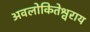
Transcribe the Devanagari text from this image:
अवलोकितेश्वराय